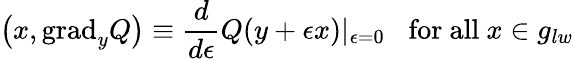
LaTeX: \left(x,\mathrm{grad}_{y}Q\right)\equiv\frac{d}{d\epsilon}Q(y+\epsilon x)|_{\epsilon=0}\; \; \; \mathrm{for~all~}x\in g_{lw}